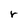
Character: r